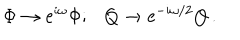
LaTeX: \Phi \rightarrow \mathrm { e } ^ { i \omega } \Phi ; Q \rightarrow \mathrm { e } ^ { - i \omega / 2 } Q \, .